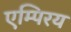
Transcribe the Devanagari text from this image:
एम्पिरय